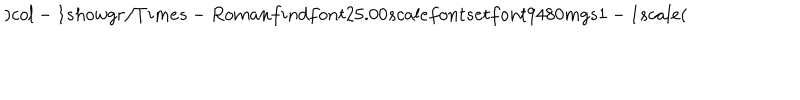
) c o l - 1 s h o w g r / T i m e s - R o m a n f i n d f o n t 2 5 . 0 0 s c a l e f o n t s e t f o n t 9 4 8 0 m g s 1 - 1 s c a l e (